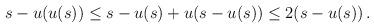
LaTeX: \begin{align*}s-u(u(s)) \leq s-u(s)+ u(s-u(s)) \leq 2(s-u(s)) \,.\end{align*}